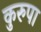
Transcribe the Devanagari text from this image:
कुरुपा